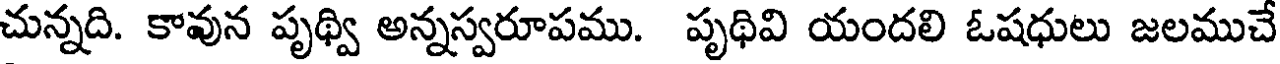
చున్నది. కావున పృథ్వి అన్నస్వరూపము. పృథివి యందలి ఓషధులు జలముచే